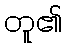
တူ၏